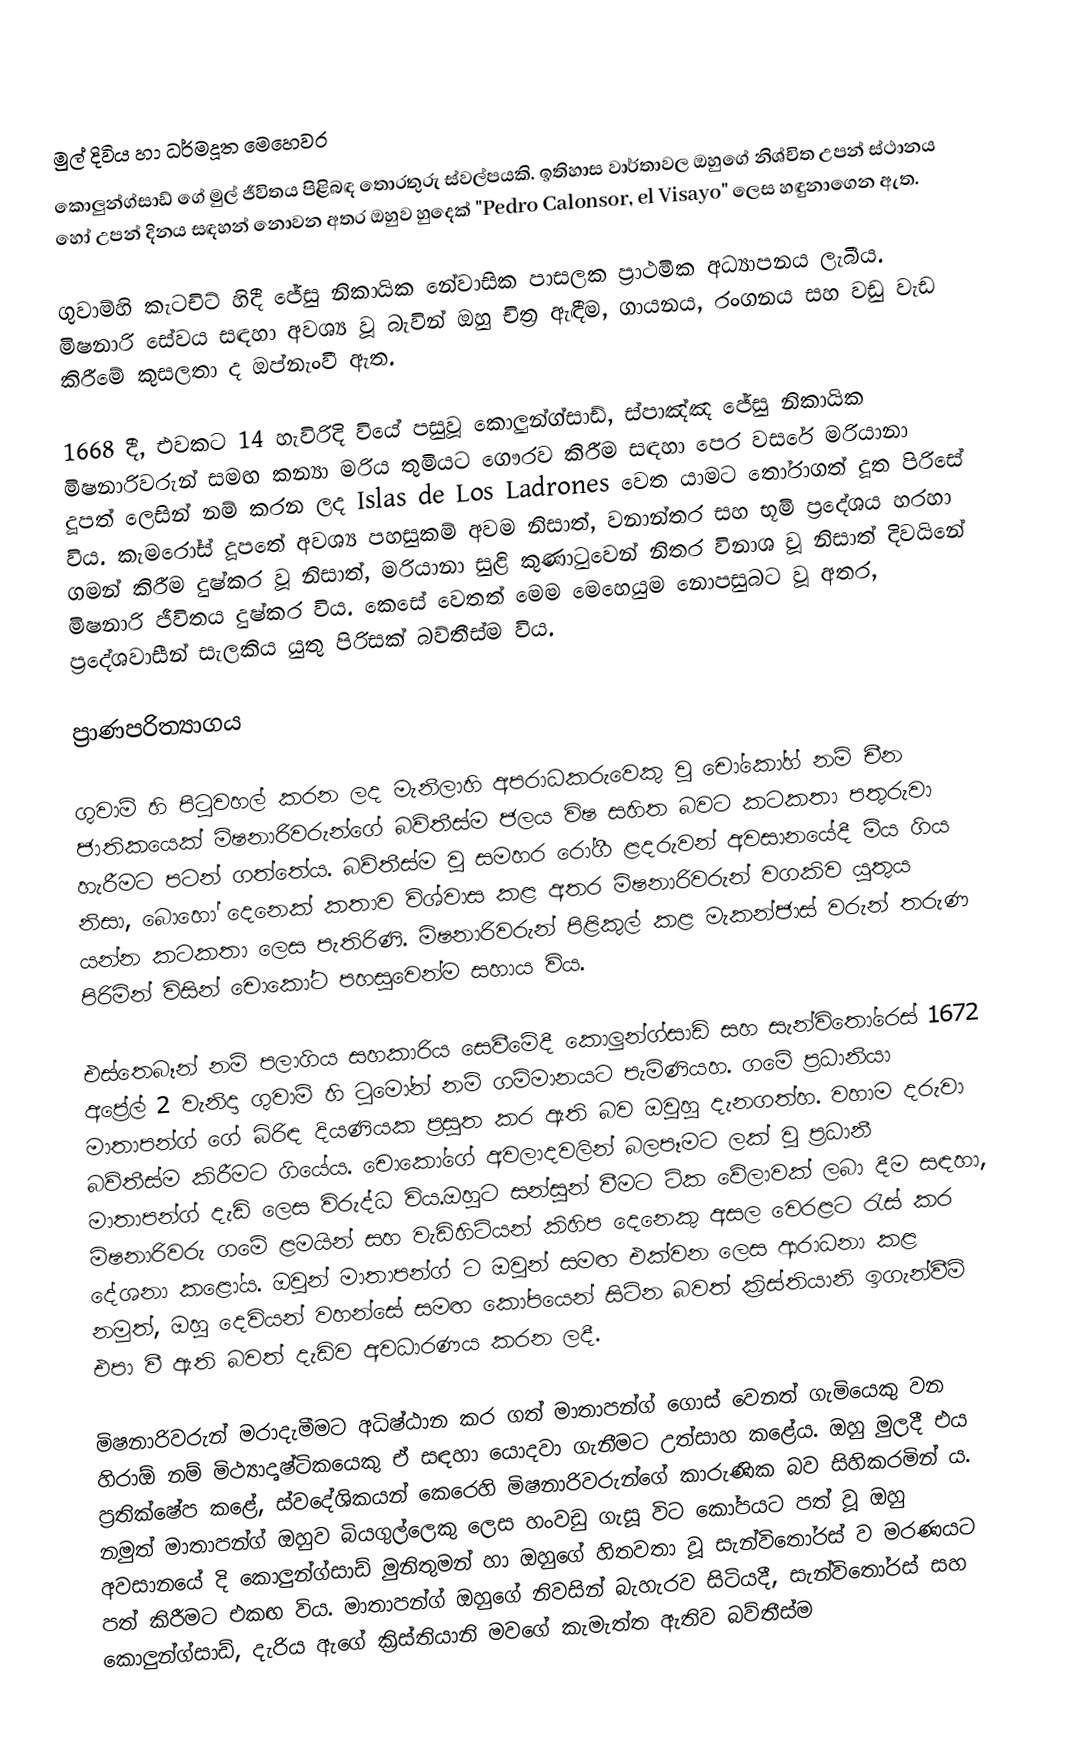

මුල් දිවිය හා ධර්මදූත මෙහෙවර
කොලුන්ග්සාඩ් ගේ මුල් ජීවිතය පිළිබඳ තොරතුරු ස්වල්පයකි.  ඉතිහාස වාර්තාවල ඔහුගේ නිශ්චිත උපන් ස්ථානය හෝ උපන් දිනය සඳහන් නොවන අතර ඔහුව හුදෙක් "Pedro Calonsor, el Visayo" ලෙස හඳුනාගෙන ඇත.    

ගුවාම්හි කැටචිට් හිදී  ජේසු නිකායික නේවාසික පාසලක ප්‍රාථමික අධ්‍යාපනය ලැබීය.  මිෂනාරි සේවය සඳහා අවශ්‍ය වූ බැවින් ඔහු චිත්‍ර ඇඳීම,  ගායනය, රංගනය සහ වඩු වැඩ කිරීමේ කුසලතා ද ඔප්නැංවී ඇත.

1668 දී, එවකට 14 හැවිරිදි වියේ පසුවූ කොලුන්ග්සාඩ්, ස්පාඤ්ඤ ජේසු නිකායික මිෂනාරිවරුන් සමඟ කන්‍යා මරිය තුමියට ගෞරව කිරීම සඳහා පෙර වසරේ මරියානා දූපත්  ලෙසින් නම් කරන ලද Islas de Los Ladrones වෙත යාමට තෝරාගත් දූත පිරිසේ විය.  කැමරෝස් දූපතේ අවශ්‍ය පහසුකම් අවම  නිසාත්, වනාන්තර සහ භූමි ප්‍රදේශය හරහා ගමන් කිරීම දුෂ්කර වූ නිසාත්, මරියානා සුළි කුණාටුවෙන් නිතර විනාශ වූ නිසාත් දිවයිනේ මිෂනාරි ජීවිතය දුෂ්කර විය.  කෙසේ වෙතත් මෙම මෙහෙයුම නොපසුබට වූ අතර, ප්‍රදේශවාසීන් සැලකිය යුතු පිරිසක් බව්තීස්ම විය.

ප්‍රාණපරිත්‍යාගය

ගුවාම් හි පිටුවහල් කරන ලද මැනිලාහි අපරාධකරුවෙකු වූ චෝකෝහ් නම් චීන ජාතිකයෙක් මිෂනාරිවරුන්ගේ බව්තීස්ම ජලය විෂ සහිත බවට කටකතා පතුරුවා හැරීමට පටන් ගත්තේය.  බව්තීස්ම වූ සමහර රෝගී ළදරුවන් අවසානයේදී මිය ගිය නිසා, බොහෝ දෙනෙක් කතාව විශ්වාස කළ අතර මිෂනාරිවරුන් වගකිව යුතුය යන්න කටකතා ලෙස පැතිරිණි. මිෂනාරිවරුන් පිළිකුල් කළ මැකන්ජාස් වරුන් තරුණ පිරිමින්  විසින් චොකෝට පහසුවෙන්ම සහාය විය.

එස්තෙබෑන් නම් පලාගිය සහකාරිය සෙවීමේදී කොලුන්ග්සාඩ් සහ සැන්විතෝරෙස් 1672 අප්‍රේල් 2 වැනිදා ගුවාම් හි ටූමෝන් නම් ගම්මානයට පැමිණියහ. ගමේ ප්‍රධානියා මාතාපන්ග් ගේ බිරිඳ දියණියක ප්‍රසූත කර ඇති බව ඔවුහු දැනගත්හ.  වහාම දරුවා බව්තීස්ම කිරීමට ගියේය.  චොකෝගේ අවලාදවලින්  බලපෑමට ලක් වූ ප්‍රධානී මාතාපන්ග් දැඩි ලෙස විරුද්ධ විය.ඔහුට සන්සුන් වීමට ටික වේලාවක් ලබා දීම සඳහා, මිෂනාරිවරු ගමේ ළමයින් සහ වැඩිහිටියන් කිහිප දෙනෙකු අසල වෙරළට රැස් කර දේශනා කළෝය.   ඔවුන් මාතාපන්ග් ට ඔවුන් සමඟ එක්වන ලෙස ආරාධනා කළ නමුත්, ඔහු දෙවියන් වහන්සේ සමඟ කෝපයෙන් සිටින බවත් ක්‍රිස්තියානි ඉගැන්වීම් එපා වී ඇති බවත් දැඩිව අවධාරණය කරන ලදී.

මිෂනාරිවරුන් මරාදැමීමට අධිෂ්ඨාන කර ගත් මාතාපන්ග් ගොස් වෙනත් ගැමියෙකු වන හිරාඕ නම් මිථ්‍යාදෘෂ්ටිකයෙකු ඒ සඳහා යොදවා ගැනීමට උත්සාහ කළේය.  ඔහු  මුලදී එය ප්‍රතික්ෂේප කළේ, ස්වදේශිකයන් කෙරෙහි මිෂනාරිවරුන්ගේ කාරුණික බව සිහිකරමින් ය. නමුත් මාතාපන්ග් ඔහුව බියගුල්ලෙකු ලෙස හංවඩු ගැසූ විට කෝපයට පත් වූ ඔහු අවසානයේ දි කොලුන්ග්සාඩ් මුනිතුමන් හා ඔහුගේ හිතවතා වූ සැන්විතෝරස් ව මරණයට පත් කිරීමට එකඟ විය. මාතාපන්ග් ඔහුගේ නිවසින් බැහැරව සිටියදී, සැන්විතෝරස් සහ කොලුන්ග්සාඩ්, දැරිය ඇගේ ක්‍රිස්තියානි මවගේ කැමැත්ත ඇතිව බව්තීස්ම